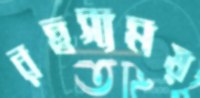
রহস্যময়